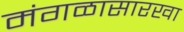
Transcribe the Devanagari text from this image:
मंगळासारखा